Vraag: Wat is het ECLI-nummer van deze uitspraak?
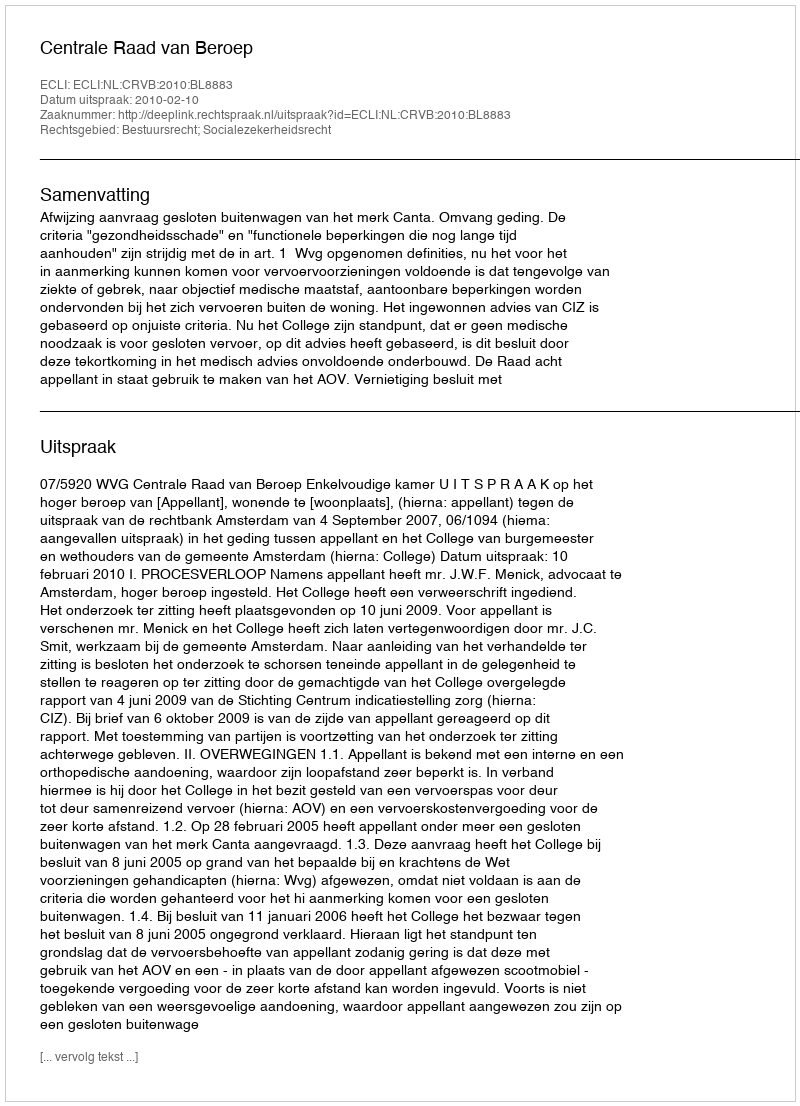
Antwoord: ECLI:NL:CRVB:2010:BL8883